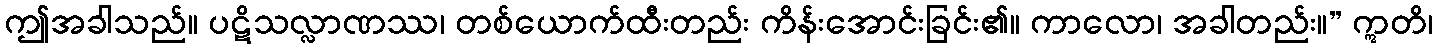
ဤအခါသည်။ ပဋိသလ္လာဏဿ၊ တစ်ယောက်ထီးတည်း ကိန်းအောင်းခြင်း၏။ ကာလော၊ အခါတည်း။” ဣတိ၊